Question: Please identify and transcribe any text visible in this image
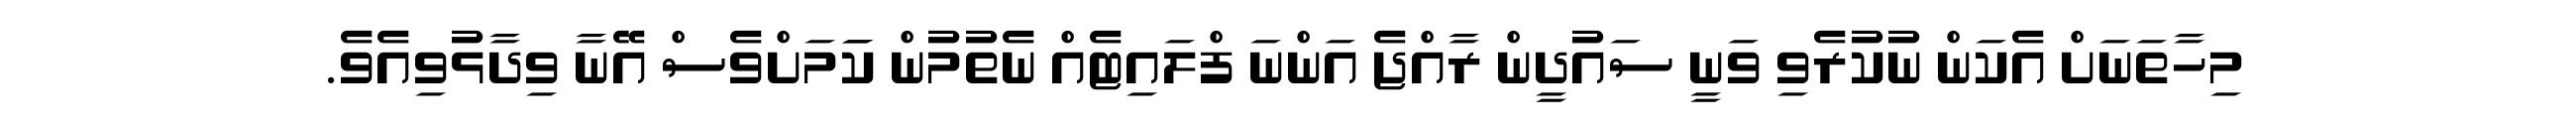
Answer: މިހާތަނަށް އެކަން ނުކުރެވި ވަނީ ސައުދީން ރާއްޖެ އަންނަ ފްލައިޓެއް ނެތުމުން ކަަމަށްވެސް އޭނާ ވިދާޅުވިއެވެ.